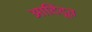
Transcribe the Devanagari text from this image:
आदिदूत